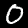
Label: 0